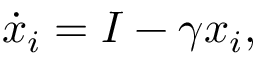
\dot { { x } } _ { i } = I - \gamma { { x _ { i } } } ,